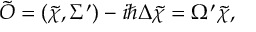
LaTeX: \tilde { \cal O } = ( \tilde { \chi } , \Sigma ^ { \prime } ) - i \hbar \Delta \tilde { \chi } = \Omega ^ { \prime } \tilde { \chi } ,